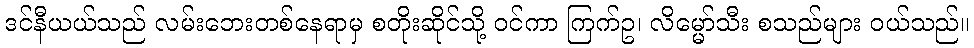
ဒင်နီယယ်သည် လမ်းဘေးတစ်နေရာမှ စတိုးဆိုင်သို့ ဝင်ကာ ကြက်ဥ၊ လိမ္မော်သီး စသည်များ ဝယ်သည်။